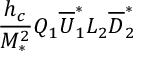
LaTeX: \frac { h _ { c } } { M _ { * } ^ { 2 } } Q _ { 1 } \overline { { { U } } } _ { 1 } ^ { * } L _ { 2 } \overline { { { D } } } _ { 2 } ^ { * }